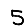
Digit: 5